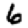
Digit: 6